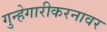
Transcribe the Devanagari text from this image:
गुन्हेगारीकरनावर